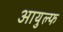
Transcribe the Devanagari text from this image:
आयुल्फ